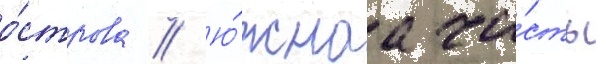
о́строва // Ю́жнаа ча́сть